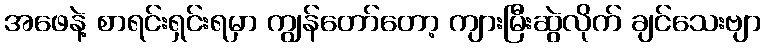
အဖေနဲ့ စာရင်းရှင်းရမှာ ကျွန်တော်တော့ ကျားမြီးဆွဲလိုက် ချင်သေးဗျာ